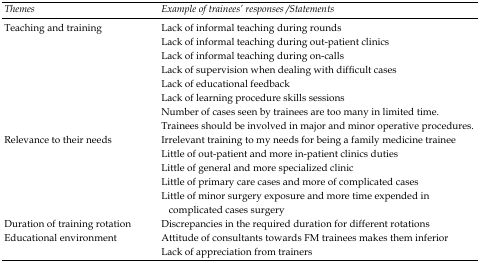
| Themes | Example of trainees’ responses /Statements |
 | --- | --- |
 | Teaching and training | Lack of informal teaching during rounds |
 |  | Lack of informal teaching during out-patient clinics |
 |  | Lack of informal teaching during on-calls |
 |  | Lack of supervision when dealing with difficult cases |
 |  | Lack of educational feedback |
 |  | Lack of learning procedure skills sessions |
 |  | Number of cases seen by trainees are too many in limited time. |
 |  | Trainees should be involved in major and minor operative procedures. |
 | Relevance to their needs | Irrelevant training to my needs for being a family medicine trainee |
 |  | Little of out-patient and more in-patient clinics duties |
 |  | Little of general and more specialized clinic |
 |  | Little of primary care cases and more of complicated cases |
 |  | Little of minor surgery exposure and more time expended in |
 |  | complicated cases surgery |
 | Duration of training rotation | Discrepancies in the required duration for different rotations |
 | Educational environment | Attitude of consultants towards FM trainees makes them inferior |
 |  | Lack of appreciation from trainers |